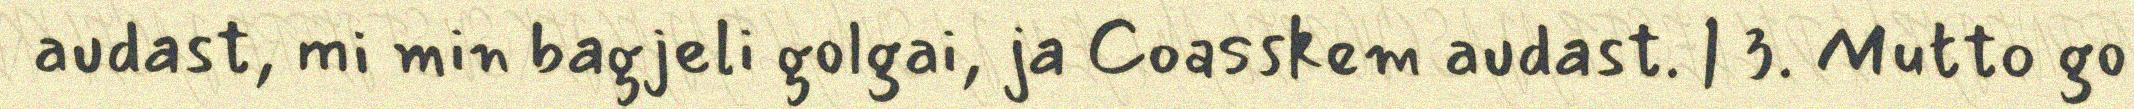
audast, mi min bagjeli golgai, ja Coasskem audast. | 3. Mutto go